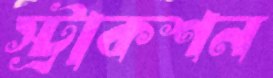
স্ট্রাকশন